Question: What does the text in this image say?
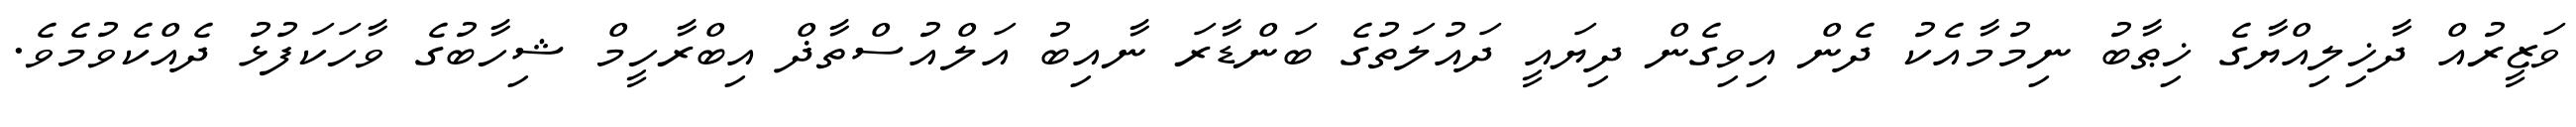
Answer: ވަޒީރުއް ދާޚިލިއްޔާގެ ޚިޠާބު ނިމުމާއެކު ދެން އިވިގެން ދިޔައީ ދައުލަތުގެ ބަންޑާރަ ނާއިބު އަލްއުސްތާޛް އިބްރާހީމް ޝިހާބުގެ ވާހަކަފުޅު ދެއްކެވުމެވެ.